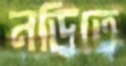
নড়িতে